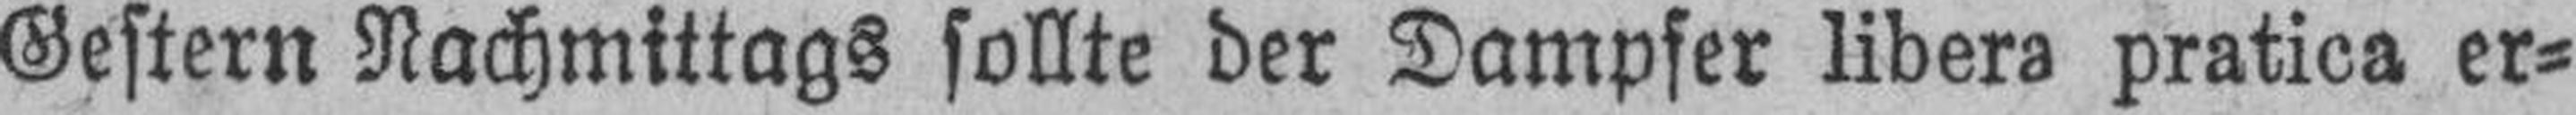
Gestern Nachmittags sollte der Dampfer libera pratica er¬